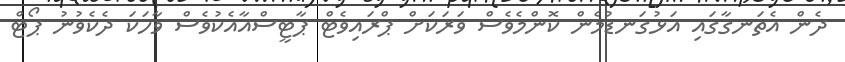
ދެން އެތަނގާގައި އަޅުގަނޑުމެން ކޮންމެވެސް ވަރަކަށް ޕްރައިވެޓް ޕާޓީސްއާއެކުވެސް ވާހަކަ ދެކެވުނު ޕޯޓް